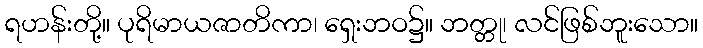
ရဟန်းတို့။ ပုရိမာယဇာတိကာ၊ ရှေးဘဝ၌။ ဘတ္တု၊ လင်ဖြစ်ဘူးသော။